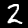
Digit: 2